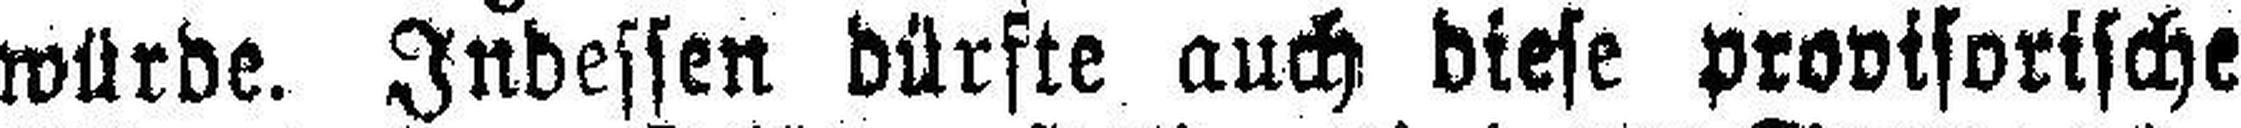
würde. Indessen dürfte auch diese provisorische